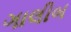
ગાલીબ